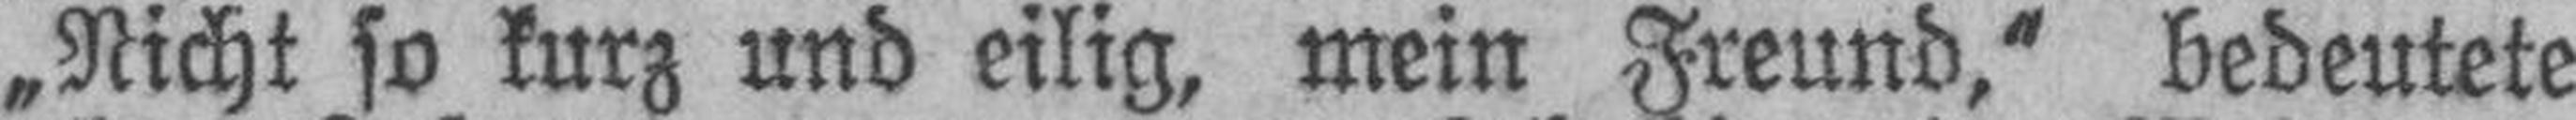
„Nicht so kurz und eilig, mein Freund,“ bedeutete